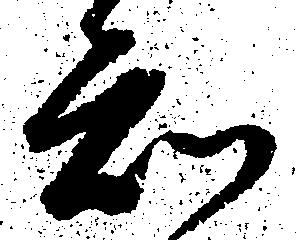
知